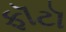
ફૉટૉ